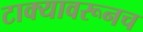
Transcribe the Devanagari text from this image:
टाक्यावरूनच